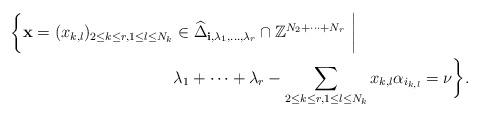
LaTeX: \begin{align*}\bigg\{{\bf x} = (x_{k, l})_{2 \le k \le r, 1 \le l \le N_k} &\in \widehat{\Delta}_{{\bf i}, \lambda_1, \ldots, \lambda_r} \cap \mathbb{Z}^{N_2 + \cdots + N_r} ~\bigg| \\&\lambda_1 + \cdots + \lambda_r - \sum_{2 \le k \le r, 1 \le l \le N_k} x_{k, l} \alpha_{i_{k, l}} = \nu\bigg\}.\end{align*}